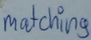
Text: matching